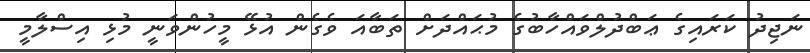
ނަޖިދު ކަރައިގެ ޢަބްދުލްވައްހާބުގެ މުޙައްދަށް ތަބާއަ ވެގެން އުޅޭ މީހުންވަނީ މުޅި އިސްލާމީ